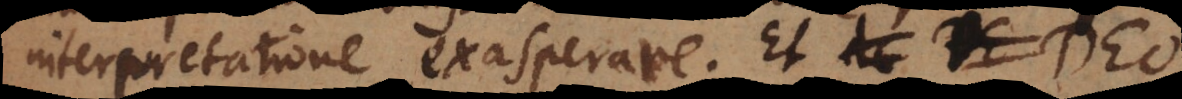
interpretatione exasperare. Et Deo